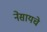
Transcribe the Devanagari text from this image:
नेसायचे